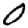
Digit: 0